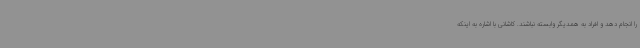
را انجام دهد و افراد به همدیگر وابسته نباشند. کاشانی با اشاره به اینکه